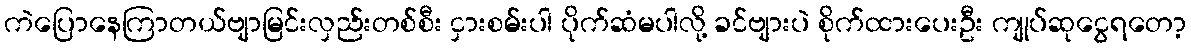
ကဲပြောနေကြာတယ်ဗျာမြင်းလှည်းတစ်စီး ငှားစမ်းပါ ပိုက်ဆံမပါလို့ ခင်ဗျားပဲ စိုက်ထားပေးဦး ကျုပ်ဆုငွေရတော့